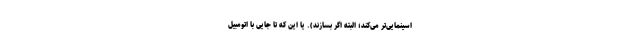
اسینمایی‌تر می‌کند؛ البته اگر بسازند). یا این که تا جایی با اتومبیل